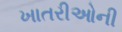
ખાતરીઓની